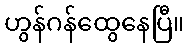
ဟွန်ဂန်ထွေနေပြီ။